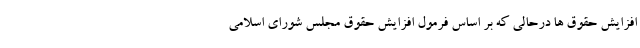
افزایش حقوق ها درحالی که بر اساس فرمول افزایش حقوق مجلس شورای اسلامی